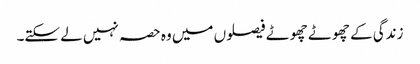
زندگی کے چھوٹے چھوٹے فیصلوں میں وہ حصہ نہیں لے سکتے۔